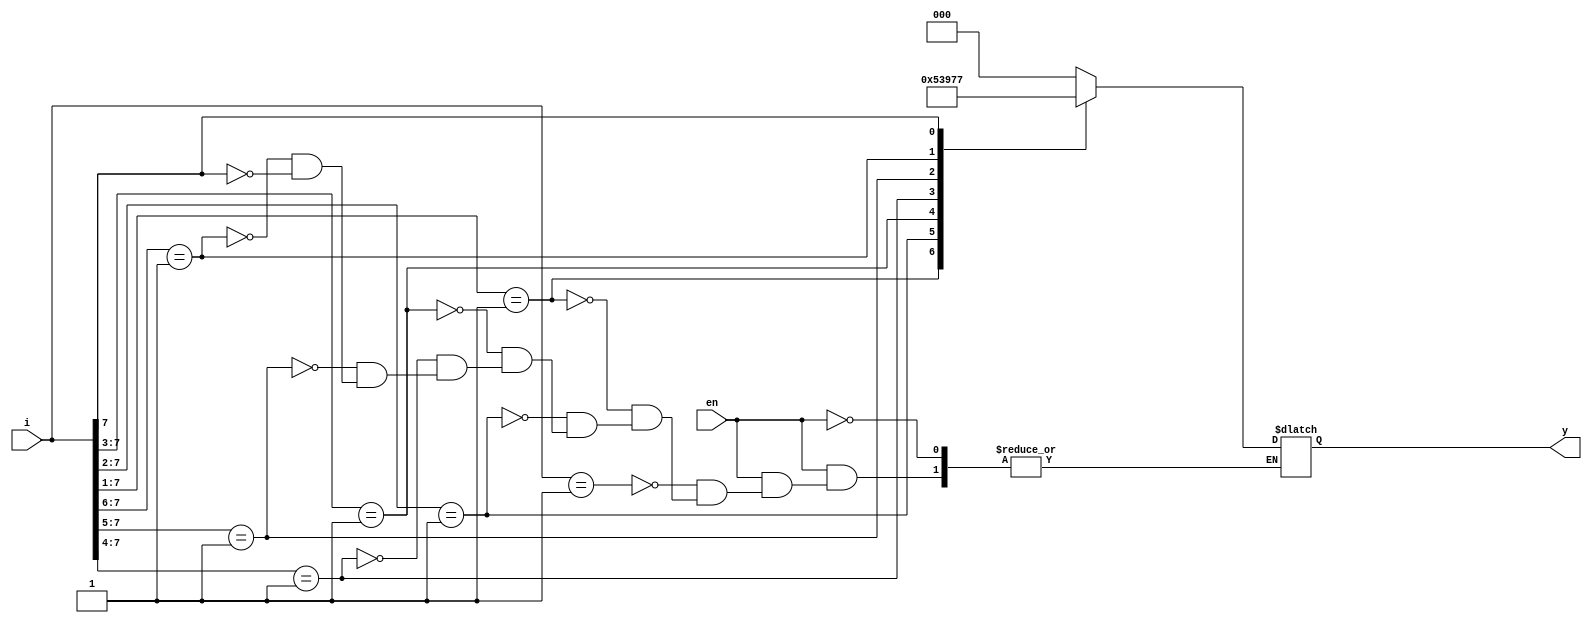
module pri_enc(y,en,i);
    input [7:0] i;
    input en;
    output reg [2:0] y;
  always @(en,i)
  begin
    if(en==1)
      begin
        casex(i)
            8'b0000_0001: y = 3'b000;
            8'b0000_001x: y = 3'b001;
            8'b0000_01xx: y = 3'b010;
            8'b0000_1xxx: y = 3'b011;
            8'b0001_xxxx: y = 3'b100;
            8'b001x_xxxx: y = 3'b101;
            8'b01xx_xxxx: y = 3'b110;
            8'b1xxx_xxxx: y = 3'b111;
        default: $display("Invalid data received");
        endcase
     end
  end
endmodule